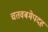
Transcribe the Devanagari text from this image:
चतवबमेपदह